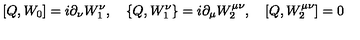
\lbrack Q , W _ { 0 } ] = i \partial _ { \nu } W _ { 1 } ^ { \nu } , \quad \{ Q , W _ { 1 } ^ { \nu } \} = i \partial _ { \mu } W _ { 2 } ^ { \mu \nu } , \quad \lbrack Q , W _ { 2 } ^ { \mu \nu } ] = 0 \nonumber